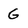
Character: G